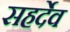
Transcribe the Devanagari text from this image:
सहर्देव